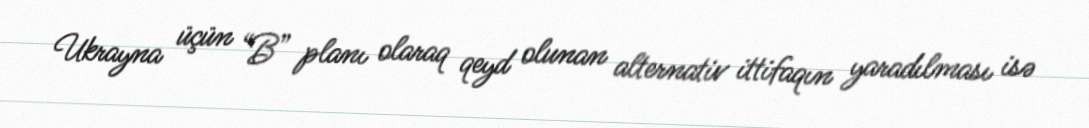
Ukrayna üçün “B” planı olaraq qeyd olunan alternativ ittifaqın yaradılması isə